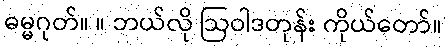
ဓမ္မဂုတ်။ ။ ဘယ်လို ဩဝါဒတုန်း ကိုယ်တော်။